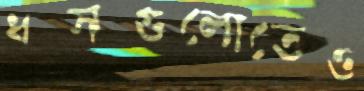
ধসগুলোতেও